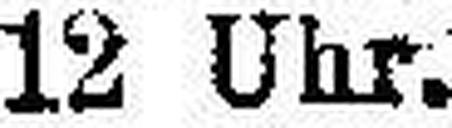
12 Uhr.